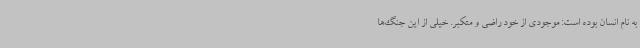
به نام انسان بوده است: موجودی از خود راضی و متکبر. خیلی از این جنگ‌ها